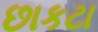
છાકટા